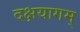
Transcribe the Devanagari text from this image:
दक्षयागम्